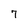
Character: 7